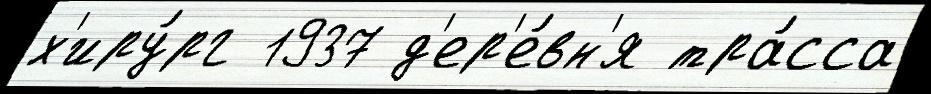
х'иру́рг 1937 д'ер'е́вн'я тра́сса